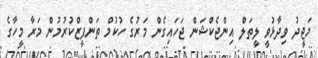
މަޖީދު ވިދާޅުވީ ލީތަލް އިންޖެކްޝަން ޖަހައިގެން މަރުގެ ހުކުމް ތަންފީޒްކުރުމުން މަރާ މީހާގެ